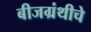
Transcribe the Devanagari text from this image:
बीजग्रंथीचे